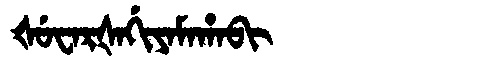
Manchu: ᡧᡠᠸᠠᡵᡧᠠᡤᡳᠶᠠᠮᠠᡥᠠᠪᡳ
Romanization: ŠUWARŠAGIYAMAHABI